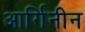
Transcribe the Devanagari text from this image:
आर्गिनीन